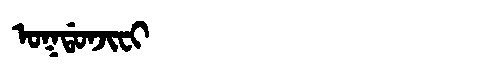
Manchu: ᠣᡴᡩᠣᠨᠵᡳᠸᡳ
Romanization: OKDONJIFI